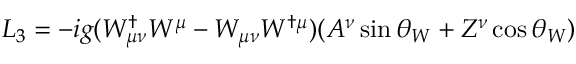
{ \cal { L } } _ { 3 } = - i g ( W _ { \mu \nu } ^ { \dagger } W ^ { \mu } - W _ { \mu \nu } W ^ { \dagger \mu } ) ( A ^ { \nu } \sin \theta _ { W } + Z ^ { \nu } \cos \theta _ { W } )